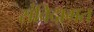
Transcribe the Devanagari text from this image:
संविदागत